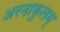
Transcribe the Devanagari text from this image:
अरनाकुलम्‌